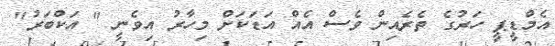
އެމްޑީޕީ ހަރުގެ ތެރެއިން ވެސް އެއް އަޑަކަށް މިހާރު އިވެނީ " އަކްބަރު"